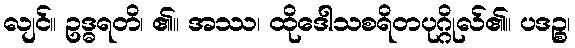
လျင်။ ဥဒ္ဓရတိ၊ ၏။ အဿ၊ ထိုဒေါသစရိတပုဂ္ဂိုလ်၏။ ပဒဉ္စ၊